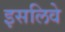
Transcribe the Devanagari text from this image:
इसलिवे